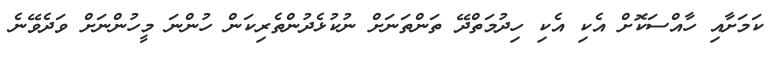
ކަމަށާއި ހާއްސަކޮށް އެކި އެކި ހިދުމަތްދޭ ތަންތަނަށް ނުކުޅެދުންތެރިކަން ހުންނަ މީހުންނަށް ވަދެވޭނެ